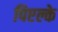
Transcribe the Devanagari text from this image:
पिएल्के